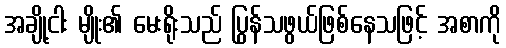
အချို့ငါး မျိုး၏ မေးရိုးသည် ပြွန်သဖွယ်ဖြစ်နေသဖြင့် အစာကို